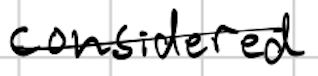
Text: considered
Cross-out: single-line
Writing tool: digital_black